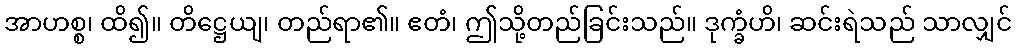
အာဟစ္စ၊ ထိ၍။ တိဋ္ဌေယျ၊ တည်ရာ၏။ ဧတံ၊ ဤသို့တည်ခြင်းသည်။ ဒုက္ခံဟိ၊ ဆင်းရဲသည် သာလျှင်